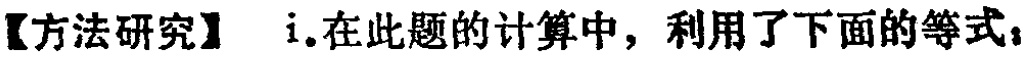
【方法研究】i.在此题的计算中，利用了下面的等式：